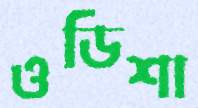
ওডিশা